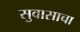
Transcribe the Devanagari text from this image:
सुवासाचा